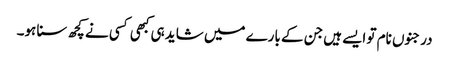
درجنوں نام تو ایسے ہیں جن کے بارے میں شاید ہی کبھی کسی نے کچھ سنا ہو۔